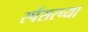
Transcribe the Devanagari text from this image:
स्पेंसरच्या